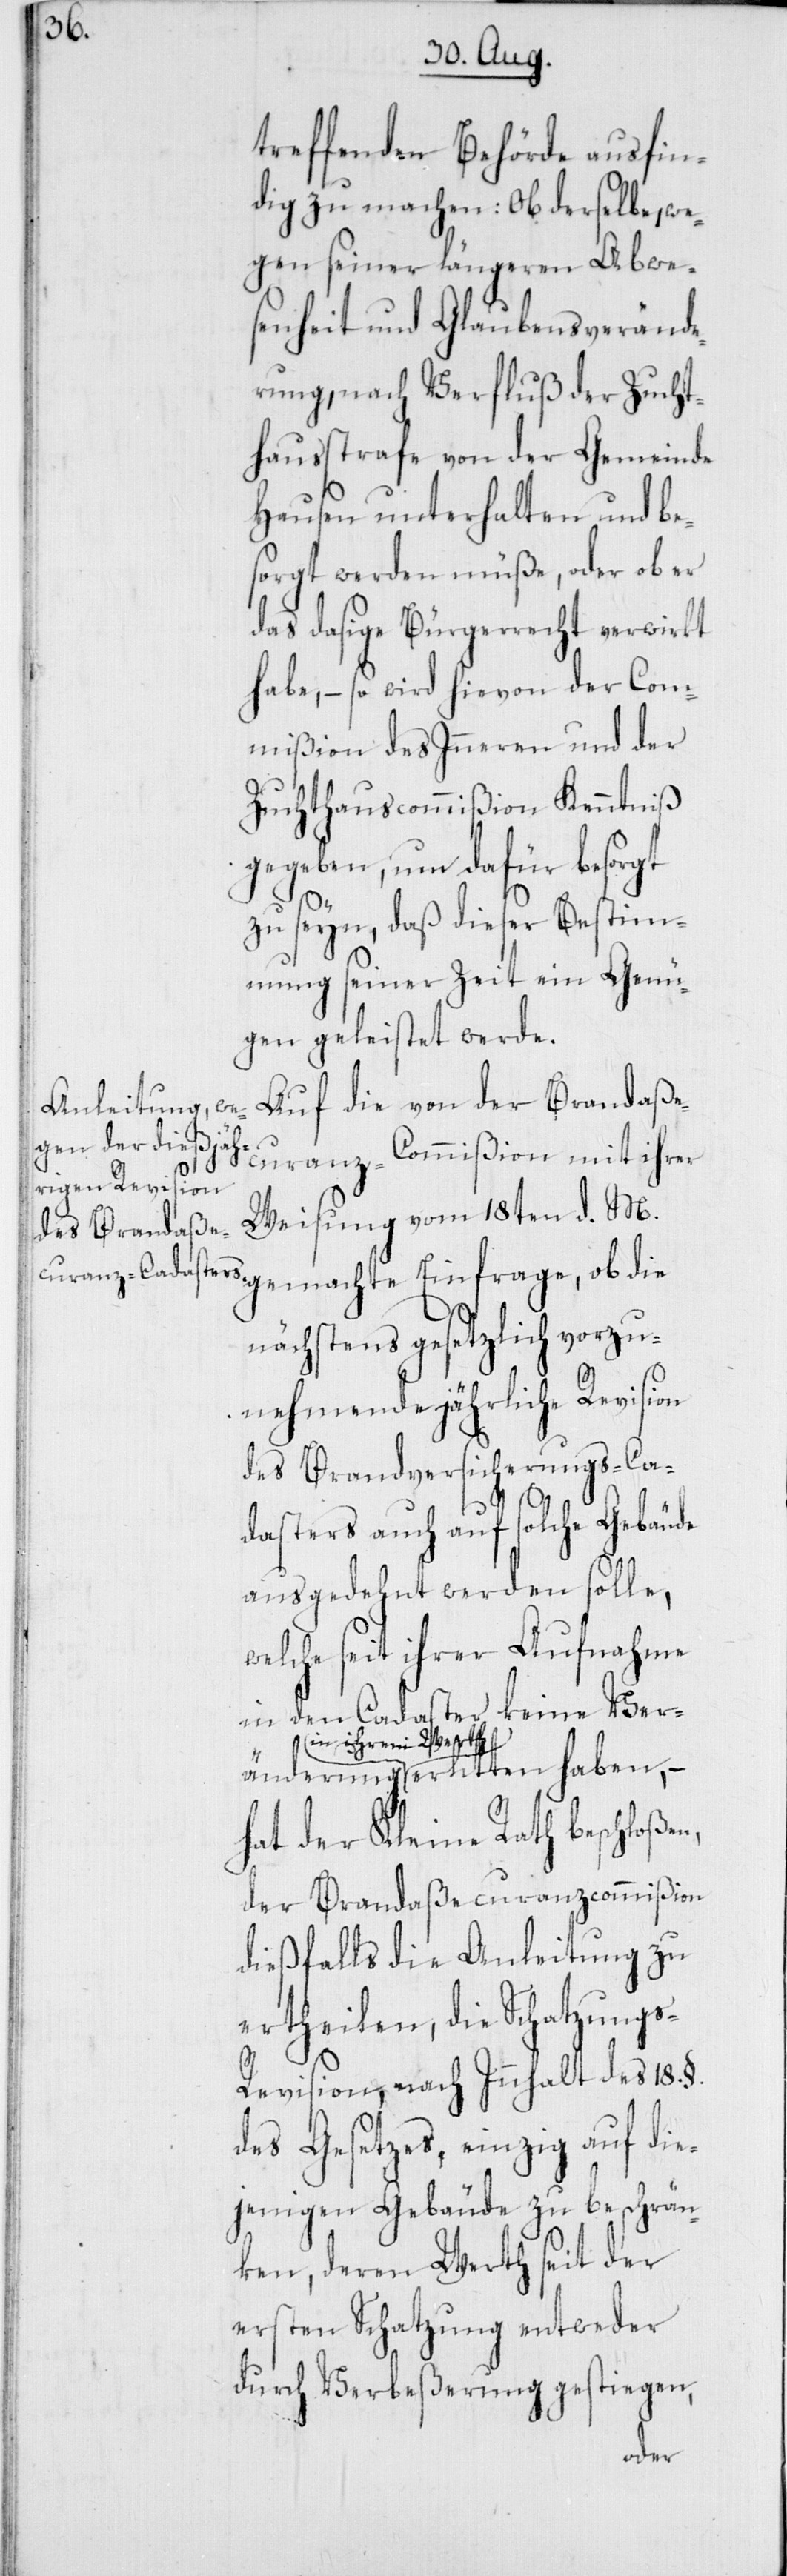
treffenden Behörde ausfin¬
dig zu machen: Ob derselbe, we¬
gen seiner längeren Abwe¬
senheit und Glaubensverände¬
rung, nach Verfluß der Zucht¬
hausstrafe von der Gemeinde
Hausen unterhalten und be¬
sorgt werden müße, oder ob er
das dasige Bürgerrecht verwirkt
habe, – so wird hievon der Com¬
mißion des Inneren und der
Zuchthauscommißion Kenntniß
gegeben, um dafür besorgt
zu seyn, daß dieser Bestimm¬
ung seiner Zeit ein Genü¬
gen geleistet werde.
Auf die von der Brandaße¬
curanz-Commißion mit ihrer
Weisung vom 18ten d. M.
nächstens gesetzlich vorzu¬
nehmende jährliche Revision
des Brandversicherungs-Ca¬
dasters auch auf solche Gebäude
ausgedehnt werden solle,
welche seit ihrer Aufnahme
in den Cadaster keine Ver¬
in ihrem Werth
erlitten haben, –
der Kleine Rath beschloßen,
der Brandaßecuranzcommißion
dießfalls die Anleitung zu
ertheilen, die Schatzungs-R¬
evision, nach Innhalt des 18. §.
des Gesetzes, einzig auf die¬
jenigen Gebäude zu beschrän¬
ken, deren Werth seit der
ersten Schatzung entweder
durch Verbeßerung gestiegen,
änderung